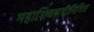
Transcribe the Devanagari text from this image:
महाशिवरात्रीनिमित्त